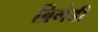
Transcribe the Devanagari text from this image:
ब्रिगेडी